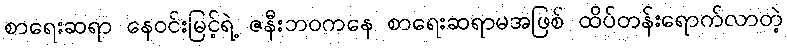
စာရေးဆရာ နေဝင်းမြင့်ရဲ့ ဇနီးဘဝကနေ စာရေးဆရာမအဖြစ် ထိပ်တန်းရောက်လာတဲ့